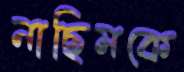
নাছিমকে